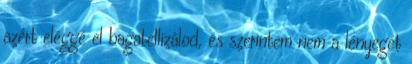
azért eléggé el bagatellizálod, és szerintem nem a lényegét